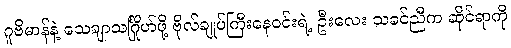
ဂူဗိမာန်နဲ့ သေချာသင်္ဂြိုဟ်ဖို့ ဗိုလ်ချုပ်ကြီးနေဝင်းရဲ့ ဦးလေး သခင်ညီက ဆိုင်ရာကို